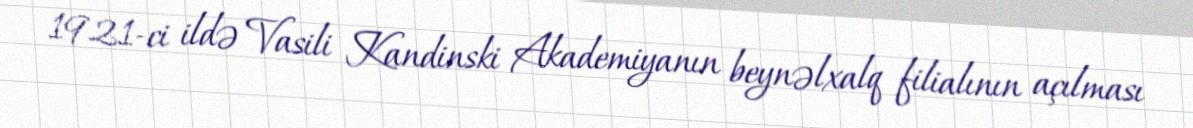
1921-ci ildə Vasili Kandinski Akademiyanın beynəlxalq filialının açılması